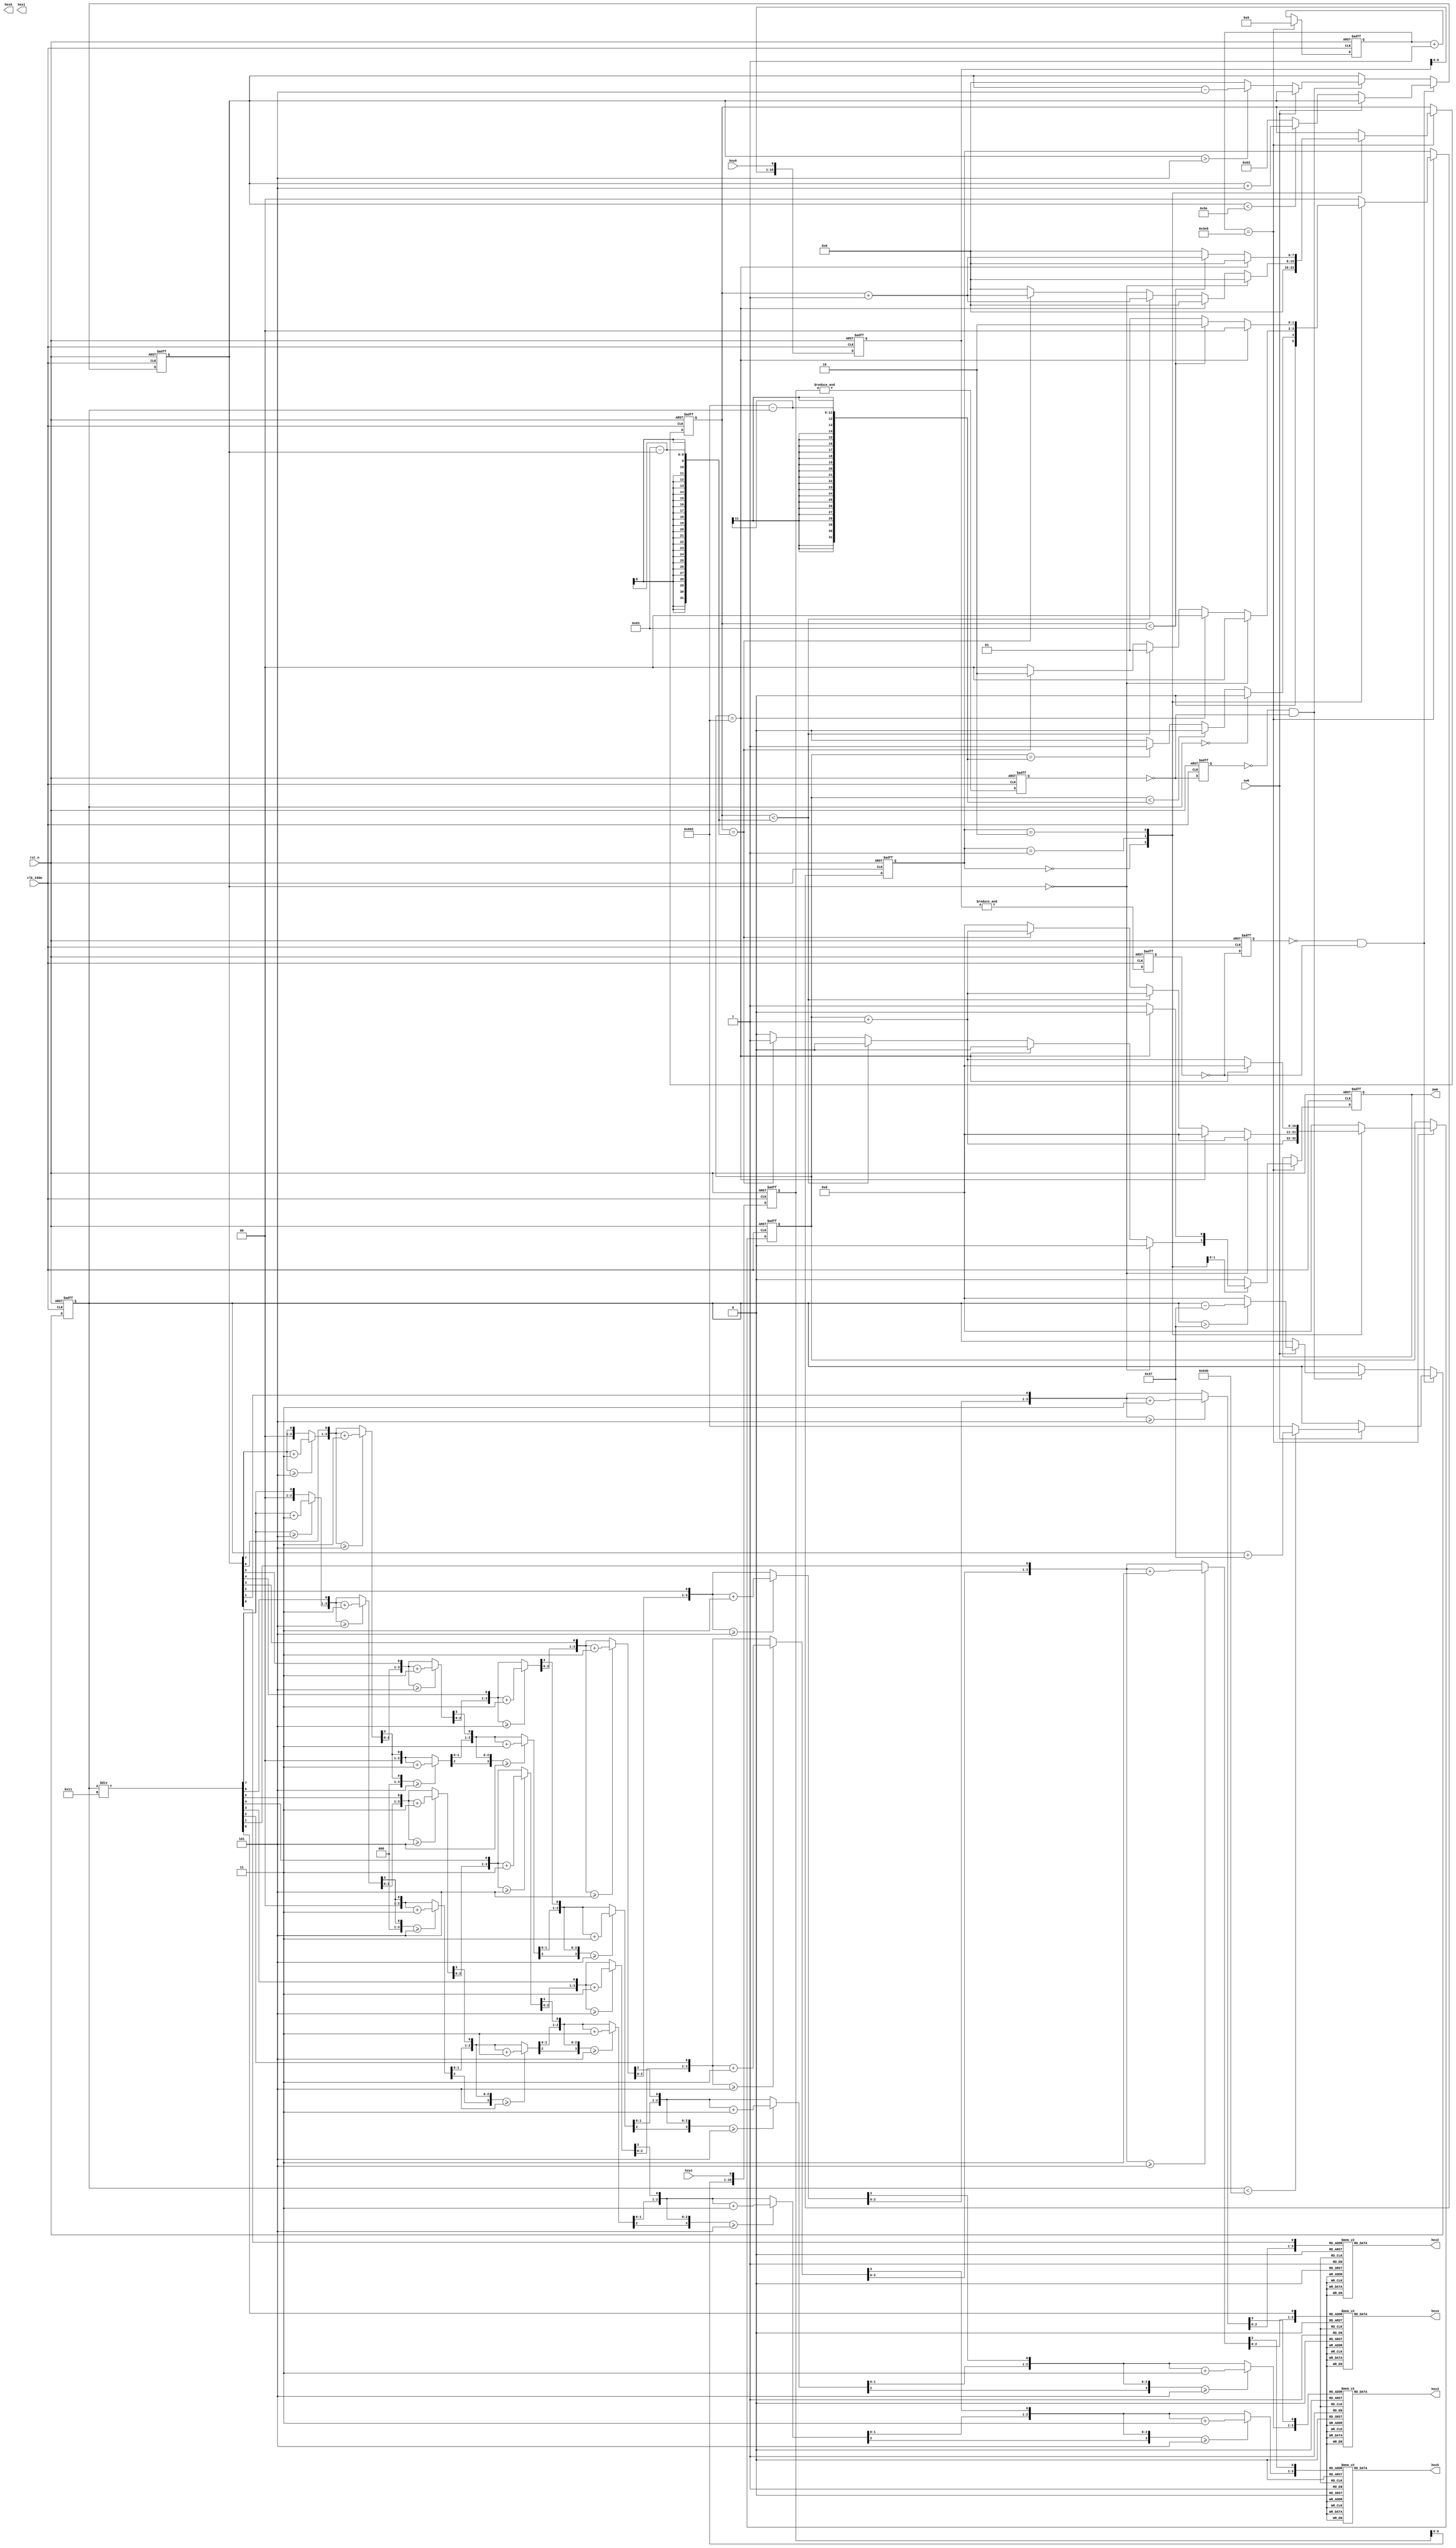
/////////////////////////////////////////////////
//	Description		: 
//	Revision		: 1.0
//	Hierarchy		: pwm_de10
//	Last Update		: 18/01/2023 
/////////////////////////////////////////////////

module pwm_de10(
	clk_100m,
	rst_n,
	key0,
	key1,
	sw0,
	pwm,
	hex0,
	hex1,
	hex2,
	hex3,
	hex4,
	hex5
);

//`include  "parameters_4mb.v"
parameter	SYS_CLOCK = 100000000;// Sys_Clock(100MHz)
parameter	PWM_FREQ = 1000;	// 1kHz
parameter	PACKET_FREQ = 60;	// 60Hz
parameter	NUM_SAMPLES = 100;	// Number of samples 
parameter	SAMPLE_FREQ = SYS_CLOCK/(PWM_FREQ * NUM_SAMPLES);	//100kHz
parameter	PACKET_SAMPLE = SYS_CLOCK/(60 * SAMPLE_FREQ);	//Number of samples in the Period of packets (60Hz)
parameter	PWM_STEPS = NUM_SAMPLES-1;//100;	//Quantity of steps of PWM duty cycle
parameter	PACKET_STEPS = PACKET_SAMPLE;//1666;	//Quantity of steps of PACKET duty cycle
parameter	KEY_DEBOUNCE_DEEP = 10;//100;
	

input			clk_100m;
input			rst_n;	
input		 	key0;
input			key1;
input			sw0; 
output			pwm; 
output[7:0]		hex0; 
output[7:0]		hex1;
output[7:0]		hex2;
output[7:0]		hex3;
output[7:0]		hex4;
output[7:0]		hex5;

reg[7:0]		hex0; 
reg[7:0]		hex1;
reg[7:0]		hex2;
reg[7:0]		hex3;
reg[7:0]		hex4;
reg[7:0]		hex5;
reg[7:0]  		pwm_hex_reg; 
reg[7:0]  		packet_hex_reg;     
integer         i;
reg [7:0]  		pwm_cycle_reg;
reg [16:0]  	pwm_in_cnt;
reg [7:0]  		pwm_cnt;
reg[KEY_DEBOUNCE_DEEP:0]	key0_deb_cnt;
reg[KEY_DEBOUNCE_DEEP:0]	key1_deb_cnt;
reg	key0_reg;
reg key1_reg;
reg	key0_deb;
reg key1_deb;
reg [3:0]  		pwm_ones;
reg [3:0]  		pwm_tens;
reg [3:0]  		packet_ones;
reg [3:0]  		packet_tens;
reg pwm;
wire key0_negedge;
wire key1_negedge;
reg[10:0]	packet_cnt;
reg[10:0]	packet_cycle_reg;

assign key0_negedge = ~key0_reg & ~key0_deb;
assign key1_negedge = ~key1_reg & ~key1_deb;

always @(posedge clk_100m, negedge rst_n)
    if(!rst_n)
	begin
		pwm_cycle_reg <= 'b0;
		packet_cycle_reg <= 833;//'b0;
		key0_deb_cnt <= 'b0;
		key0_deb <= 0;
		key0_reg <= 1;
		key1_deb_cnt <= 'b0;
		key1_deb <= 0;
		key1_reg <= 1;
	end
	else
	begin
		key0_deb_cnt[KEY_DEBOUNCE_DEEP:0] <= {key0_deb_cnt[KEY_DEBOUNCE_DEEP-1:0],key0};
		key0_deb <= &key0_deb_cnt;
		key1_deb_cnt[KEY_DEBOUNCE_DEEP:0] <= {key1_deb_cnt[KEY_DEBOUNCE_DEEP-1:0],key1};
		key1_deb <= &key1_deb_cnt;	
		
		key0_reg <= ~key0_deb;
		key1_reg <= ~key1_deb;
		
		if(key0_negedge)
		begin
			if(!sw0)
			begin
				if(pwm_cycle_reg < PWM_STEPS-5)
					pwm_cycle_reg <= pwm_cycle_reg + 5;//1'b1;
				else	
					pwm_cycle_reg <= PWM_STEPS;
			end
			else
			begin
				if(packet_cycle_reg < PACKET_STEPS-55)
					packet_cycle_reg <= packet_cycle_reg + 55;//1'b1;
				else	
					packet_cycle_reg <= PACKET_STEPS;
			end
		end
		else if(key1_negedge)
		begin
			if(!sw0)
			begin
				if(pwm_cycle_reg > 5)
					pwm_cycle_reg <= pwm_cycle_reg - 5;//1'b1;
				else	
					pwm_cycle_reg <= 0;
			end
			else
			begin
				if(packet_cycle_reg > 55)
					packet_cycle_reg <= packet_cycle_reg - 55;//1'b1;
				else	
					packet_cycle_reg <= 0;
			end			
		end
		else
		begin
			pwm_cycle_reg <= pwm_cycle_reg;
			packet_cycle_reg <= packet_cycle_reg;
		end
	end
	


	
reg[1:0]	state_pwm;	
parameter 	PWM_IDLE = 0,//2'b00,
			PWM_LOW = 1,//2'b01,
			PWM_HIGH = 2;//2'b10;
			
always @(posedge clk_100m, negedge rst_n)
    if(!rst_n)
	begin
		state_pwm <= PWM_IDLE;//1'b0;
		pwm <= 1'b0;
		pwm_cnt <= 'b0;
		pwm_in_cnt <= 'b0;
		packet_cnt <= 0;
	end
	else
	begin
		if(pwm_in_cnt == SAMPLE_FREQ)
		begin
			packet_cnt <= packet_cnt + 1'b1;
			pwm_in_cnt <= 0;
			case(state_pwm)
				PWM_IDLE:
				begin
					pwm_cnt <= 0;
					pwm <= 0;
					if(packet_cycle_reg == 0)
						state_pwm <= PWM_IDLE;
					else if(packet_cnt < (PACKET_SAMPLE - packet_cycle_reg))
						state_pwm <= PWM_IDLE;
					else if(packet_cnt == (PACKET_SAMPLE - packet_cycle_reg))
					begin
						state_pwm <= PWM_LOW;
					end
					else 
						state_pwm <= PWM_IDLE;
				end
				PWM_LOW:
				begin
					pwm <=1'b0;
					pwm_cnt <= pwm_cnt + 1'b1;
					if(pwm_cycle_reg == 0)
					begin
						state_pwm <= PWM_IDLE;
						pwm_cnt <= 0;
						packet_cnt <= 0;
					end
					else if(packet_cnt == PACKET_SAMPLE)
					begin
						state_pwm <= PWM_IDLE;
						pwm_cnt <= 0;
						packet_cnt <= 0;
						pwm <= 0;
					end
					else if(pwm_cnt < (PWM_STEPS - pwm_cycle_reg))
					begin	
						state_pwm <= PWM_LOW;
						
					end
					else if(pwm_cnt == (PWM_STEPS - pwm_cycle_reg))
					begin
						state_pwm <= PWM_HIGH;
						pwm <= 1'b1;
					end
					else
					begin
						state_pwm <= PWM_IDLE;
						pwm_cnt <= 0;
						packet_cnt <= 0;
					end
				end
				PWM_HIGH:
				begin
					pwm <= 1'b1;
					pwm_cnt <= pwm_cnt + 1'b1;
					if(packet_cnt == PACKET_SAMPLE)
					begin
						state_pwm <= PWM_IDLE;
						pwm_cnt <= 0;
						packet_cnt <= 0;
						pwm <= 0;
					end
					else if(pwm_cnt < PWM_STEPS)
					begin
						state_pwm <= PWM_HIGH;
					end
					else
					begin
						state_pwm <= PWM_LOW;
						pwm_cnt <= 0;
					end
				end
				default:
				begin
					state_pwm <= PWM_IDLE;
					packet_cnt <= 0;
					pwm <= 0;
				end
			endcase
		end
		else
		begin
			pwm_in_cnt <= pwm_in_cnt + 1'b1;
		end
	end


always @*
begin
    case(pwm_ones)
		0:
			hex2 = 8'b11000000;
		1:
			hex2 = 8'b11111001;
		2:
			hex2 = 8'b10100100;
		3:
			hex2 = 8'b10110000;
		4:
			hex2 = 8'b10011001;
		5:
			hex2 = 8'b10010010;
		6:
			hex2 = 8'b10000010;
		7:
			hex2 = 8'b11111000;
		8:
			hex2 = 8'b10000000;
		9:
			hex2 = 8'b10010000;
		default:
			hex2 = 8'b01111111;
	endcase
end

always @*
begin
    case(pwm_tens)
		0:
			hex3 = 8'b11000000;
		1:
			hex3 = 8'b11111001;
		2:
			hex3 = 8'b10100100;
		3:
			hex3 = 8'b10110000;
		4:
			hex3 = 8'b10011001;
		5:
			hex3 = 8'b10010010;
		6:
			hex3 = 8'b10000010;
		7:
			hex3 = 8'b11111000;
		8:
			hex3 = 8'b10000000;
		9:
			hex3 = 8'b10010000;
		default:
			hex3 = 8'b01111111;
	endcase
end

always @ (*)
begin
    pwm_hex_reg = pwm_cycle_reg;
    pwm_ones = 0;
    pwm_tens = 0;
     
    for (i = 7; i >= 0; i = i-1) 
	begin
        if(pwm_tens >= 5)
            pwm_tens = pwm_tens + 3;        
        if(pwm_ones >= 5)
            pwm_ones = pwm_ones + 3;        

        pwm_tens = pwm_tens << 1;
        pwm_tens[0]= pwm_ones[3];
        pwm_ones = pwm_ones << 1;
        pwm_ones[0] = pwm_hex_reg[7];
        pwm_hex_reg = {pwm_hex_reg[6:0], 1'b0};
    end
end

always @*
begin
    case(packet_ones)
		0:
			hex4 = 8'b11000000;
		1:
			hex4 = 8'b11111001;
		2:
			hex4 = 8'b10100100;
		3:
			hex4 = 8'b10110000;
		4:
			hex4 = 8'b10011001;
		5:
			hex4 = 8'b10010010;
		6:
			hex4 = 8'b10000010;
		7:
			hex4 = 8'b11111000;
		8:
			hex4 = 8'b10000000;
		9:
			hex4 = 8'b10010000;
		default:
			hex4 = 8'b01111111;
	endcase
end

always @*
begin
    case(packet_tens)
		0:
			hex5 = 8'b11000000;
		1:
			hex5 = 8'b11111001;
		2:
			hex5 = 8'b10100100;
		3:
			hex5 = 8'b10110000;
		4:
			hex5 = 8'b10011001;
		5:
			hex5 = 8'b10010010;
		6:
			hex5 = 8'b10000010;
		7:
			hex5 = 8'b11111000;
		8:
			hex5 = 8'b10000000;
		9:
			hex5 = 8'b10010000;
		default:
			hex5 = 8'b01111111;
	endcase
end

always @ (*)
begin
    packet_hex_reg = packet_cycle_reg/17;
    packet_ones = 0;
    packet_tens = 0;
     
    for (i = 7; i >= 0; i = i-1) 
	begin
        if(packet_tens >= 5)
            packet_tens = packet_tens + 3;        
        if(packet_ones >= 5)
            packet_ones = packet_ones + 3;        

        packet_tens = packet_tens << 1;
        packet_tens[0]= packet_ones[3];
        packet_ones = packet_ones << 1;
        packet_ones[0] = packet_hex_reg[7];
        packet_hex_reg = {packet_hex_reg[6:0], 1'b0};
    end
end


/*
always @*
begin
    case(in_reg2[3:0])
		0:
			hex4 = 8'b11000000;
		1:
			hex4 = 8'b11111001;
		2:
			hex4 = 8'b10100100;
		3:
			hex4 = 8'b10110000;
		4:
			hex4 = 8'b10011001;
		5:
			hex4 = 8'b10010010;
		6:
			hex4 = 8'b10000010;
		7:
			hex4 = 8'b11111000;
		8:
			hex4 = 8'b10000000;
		9:
			hex4 = 8'b10010000;
		default:
			hex4 = 8'b01111111;
	endcase
end

always @*
begin
    case(in_reg2[7:4])
		0:
			hex5 = 8'b11000000;
		1:
			hex5 = 8'b11111001;
		2:
			hex5 = 8'b10100100;
		3:
			hex5 = 8'b10110000;
		4:
			hex5 = 8'b10011001;
		5:
			hex5 = 8'b10010010;
		6:
			hex5 = 8'b10000010;
		7:
			hex5 = 8'b11111000;
		8:
			hex5 = 8'b10000000;
		9:
			hex5 = 8'b10010000;
		default:
			hex5 = 8'b01111111;
	endcase
end
*/

/*
reg     [15:0]  pwm_hex_reg;    
integer         i;
always @ (*)
begin
    pwm_hex_reg = hex;
    pwm_ones = 0;
    pwm_tens = 0;
    hundreds = 0;
    thousands = 0;
    ten_thousands = 0;
     
    for (i = 15; i >= 0; i = i-1) begin
        if(ten_thousands >= 5)
        ten_thousands = ten_thousands + 3;
        if(thousands >= 5)
            thousands = thousands + 3;
        if(hundreds >= 5)
            hundreds = hundreds + 3;
        if(pwm_tens >= 5)
            pwm_tens = pwm_tens + 3;        
        if(pwm_ones >= 5)
            pwm_ones = pwm_ones + 3;        
 
        ten_thousands = ten_thousands << 1; 
        ten_thousands[0] = thousands[3];    
        thousands = thousands << 1;
        thousands[0] = hundreds[3];     
        hundreds = hundreds << 1;
        hundreds[0] = pwm_tens[3];
        pwm_tens = pwm_tens << 1;
        pwm_tens[0]= pwm_ones[3];
        pwm_ones = pwm_ones << 1;
        pwm_ones[0] = pwm_hex_reg[15];
        pwm_hex_reg = {pwm_hex_reg[14:0], 1'b0};
    end
end
*/


endmodule